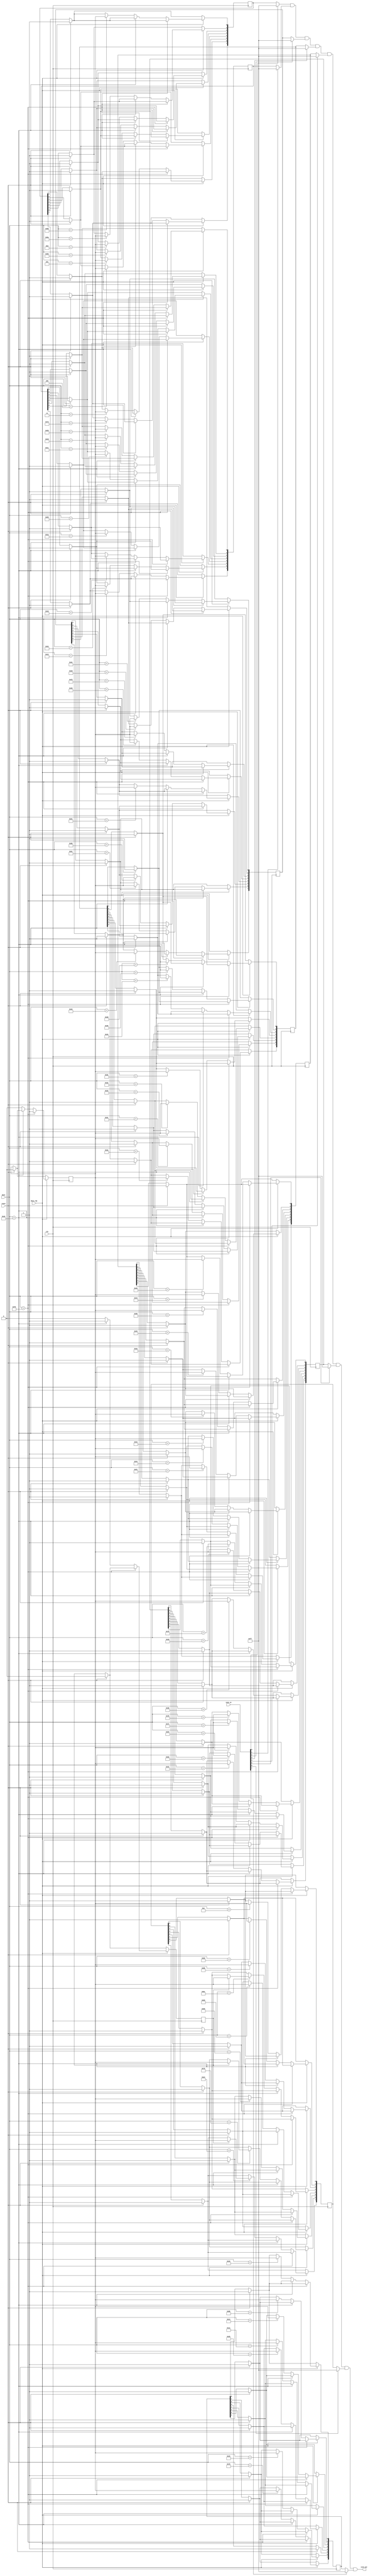
// Copyright 2022 Anders Lynge Esbensen. All rights reserved.
// Use of this source code is governed by a BSD-style
// license that can be found in the LICENSE file.


module keyboard (
           input clk,
           input reset,
           input[7:0] data,
           input data_rdy, //New data is ready in data, set for one clock cycle

           input[7:0] scan_in,
           output[7:0] scan_out
       );

//https://techdocs.altium.com/display/FPGA/PS2+Keyboard+Scan+Codes
reg[7:0] key_matrix[7:0]; //keymatix, each bit represent one key
reg press;
reg extended;

wire[7:0] row0 = scan_in[0] ? 8'hff : key_matrix[0];
wire[7:0] row1 = scan_in[1] ? 8'hff : key_matrix[1];
wire[7:0] row2 = scan_in[2] ? 8'hff : key_matrix[2];
wire[7:0] row3 = scan_in[3] ? 8'hff : key_matrix[3];
wire[7:0] row4 = scan_in[4] ? 8'hff : key_matrix[4];
wire[7:0] row5 = scan_in[5] ? 8'hff : key_matrix[5];
wire[7:0] row6 = scan_in[6] ? 8'hff : key_matrix[6];
wire[7:0] row7 = scan_in[7] ? 8'hff : key_matrix[7];

assign scan_out = row0 & row1 & row2 & row3 & row4 & row5 & row6 & row7;

always @(posedge clk) begin
    if(reset) begin
        press <= 0;
        extended <=0;
        key_matrix[0] <=8'hff;
        key_matrix[1] <=8'hff;
        key_matrix[2] <=8'hff;
        key_matrix[3] <=8'hff;
        key_matrix[4] <=8'hff;
        key_matrix[5] <=8'hff;
        key_matrix[6] <=8'hff;
        key_matrix[7] <=8'hff;
    end

    if(data_rdy)
    begin
        if(data == 8'hF0)
            press<=1;
        else if(data == 8'hE0)
            extended<=1;
        else begin
            press<=0;
            extended<=0;
            case(data)
                //row 0
                8'h66: key_matrix[0][0]<= press; //Backspace
                8'h5A: key_matrix[0][1]<= press; //Return
                8'h0d: key_matrix[0][2]<= press; //cursor left/right
                8'h83: key_matrix[0][3]<= press; //F7
                8'h05: key_matrix[0][4]<= press; //F1
                8'h04: key_matrix[0][5]<= press; //F3
                8'h03: key_matrix[0][6]<= press; //F5
                8'h72: key_matrix[0][7]<= press; //up/down
                //row 1
                8'h26: key_matrix[1][0]<= press; //3
                8'h1d: key_matrix[1][1]<= press; //w
                8'h1c: key_matrix[1][2]<= press; //a
                8'h25: key_matrix[1][3]<= press; //4
                8'h1a: key_matrix[1][4]<= press; //z
                8'h1b: key_matrix[1][5]<= press; //s
                8'h24: key_matrix[1][6]<= press; //e
                8'h12: key_matrix[1][7]<= press; //left shift
                //row2
                8'h2e: key_matrix[2][0]<= press; //5
                8'h2d: key_matrix[2][1]<= press; //R
                8'h23: key_matrix[2][2]<= press; //D
                8'h36: key_matrix[2][3]<= press; //6
                8'h21: key_matrix[2][4]<= press; //C
                8'h2b: key_matrix[2][5]<= press; //F
                8'h2c: key_matrix[2][6]<= press; //T
                8'h22: key_matrix[2][7]<= press; //X

                //row3
                8'h3d: key_matrix[3][0]<= press; //7
                8'h35: key_matrix[3][1]<= press; //Y
                8'h34: key_matrix[3][2]<= press; //G
                8'h3e: key_matrix[3][3]<= press; //8
                8'h32: key_matrix[3][4]<= press; //B
                8'h33: key_matrix[3][5]<= press; //H
                8'h3c: key_matrix[3][6]<= press; //U
                8'h2a: key_matrix[3][7]<= press; //V

                //row4
                8'h46: key_matrix[4][0]<= press; //9
                8'h43: key_matrix[4][1]<= press; //I
                8'h3B: key_matrix[4][2]<= press; //J
                8'h45: key_matrix[4][3]<= press; //0
                8'h3A: key_matrix[4][4]<= press; //M
                8'h42: key_matrix[4][5]<= press; //K
                8'h44: key_matrix[4][6]<= press; //O
                8'h31: key_matrix[4][7]<= press; //N

                //row5
                8'h79: key_matrix[5][0]<= press; //+
                8'h4D: key_matrix[5][1]<= press; //P
                8'h4B: key_matrix[5][2]<= press; //L
                8'h7B: key_matrix[5][3]<= press; //-
                8'h71: key_matrix[5][4]<= press; //.
                8'h54: key_matrix[5][5]<= press; //:
                8'h52: key_matrix[5][6]<= press; //@
                8'h41: key_matrix[5][7]<= press; //,

                //row6
                8'h0e : key_matrix[6][0]<= press; //$
                8'h5D : key_matrix[6][1]<= press; //\
                8'h5b : key_matrix[6][2]<= press; //;
                8'h6C : if(extended) key_matrix[6][3]<= press; // Clear/Home
                8'h59 : key_matrix[6][4]<= press; // Right shift
                8'h55 : key_matrix[6][5]<= press; // =
                8'h75 : if(extended) key_matrix[6][6]<= press; // Up arrow
                8'ha4 : if(extended) key_matrix[6][7]<= press; // slash

                //row7
                8'h16 : key_matrix[7][0]<= press; // 1
                8'h6b : key_matrix[7][1]<= press; // (left arrow)
                8'h14 : key_matrix[7][2]<= press; // (Control)
                8'h1e : key_matrix[7][3]<= press; // 2
                8'h29 : key_matrix[7][4]<= press; // space
                8'h26 : key_matrix[7][5]<= press; // Commodore
                8'h15 : key_matrix[7][6]<= press; // Q
                8'h76 : key_matrix[7][7]<= press; // Run stop
                default :
                    ;
            endcase
        end
    end
end
endmodule